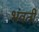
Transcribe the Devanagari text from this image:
भंवतीं